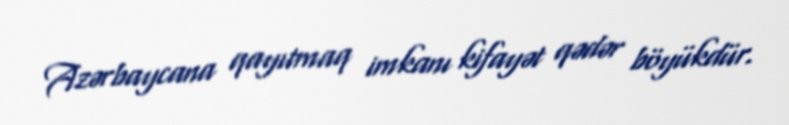
Azərbaycana qayıtmaq imkanı kifayət qədər böyükdür.